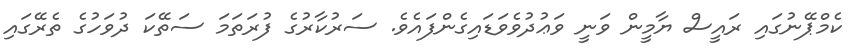
ކެމްޕޭނުގައި ރައީސް ޔާމީން ވަނީ ވަޢުދުވެވަޑައިގެންފައެވެ. ސަރުކާރުގެ ފުރަތަމަ ސަތޭކަ ދުވަހުގެ ތެރޭގައި